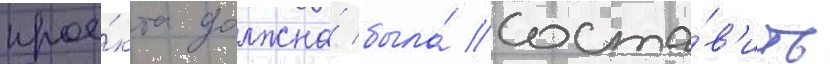
прое́кта должна́ была́ соста́в'ить